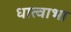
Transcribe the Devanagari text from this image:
धात्वाभा